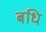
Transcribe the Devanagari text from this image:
बधि